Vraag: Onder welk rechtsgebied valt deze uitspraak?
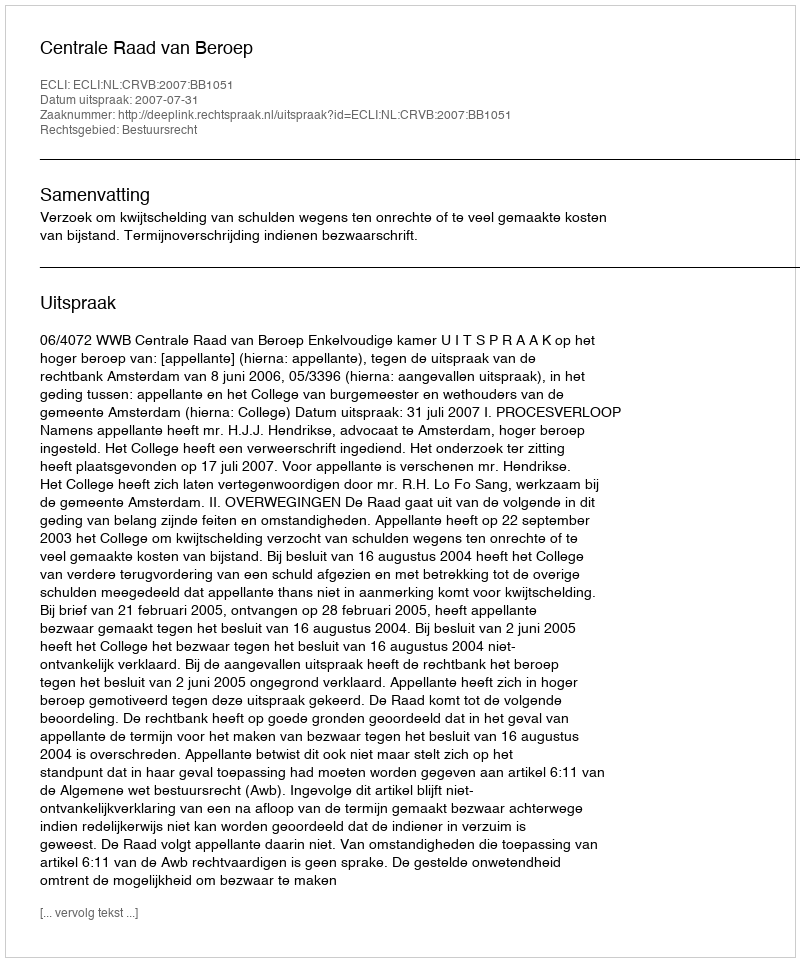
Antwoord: Bestuursrecht